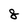
Character: 8